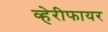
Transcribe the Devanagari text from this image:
व्हेरीफायर